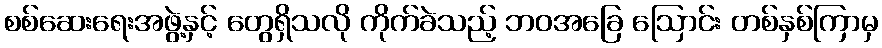
စစ်ဆေးရေးအဖွဲ့နှင့် တွေရှိသလို ကိုက်ခဲသည့် ဘဝအခြေ ဩောင်း တစ်နှစ်ကြာမှ